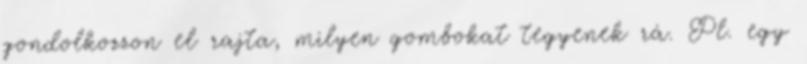
gondolkozzon el rajta, milyen gombokat tegyenek rá. Pl. egy